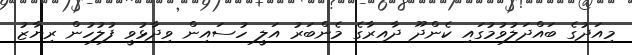
މިއަދުގެ ބައްދަލުވުމުގައި ކެންދޫ ދާއިރާގެ މެންބަރު އަލީ ހުސައިން ވިދާޅުވީ ފުލުހުން ރިޔާޒު